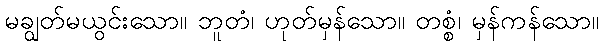
မချွတ်မယွင်းသော။ ဘူတံ၊ ဟုတ်မှန်သော။ တစ္စံ၊ မှန်ကန်သော။